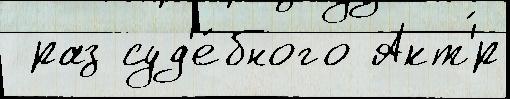
 раз суд'е́бного Акт'́р